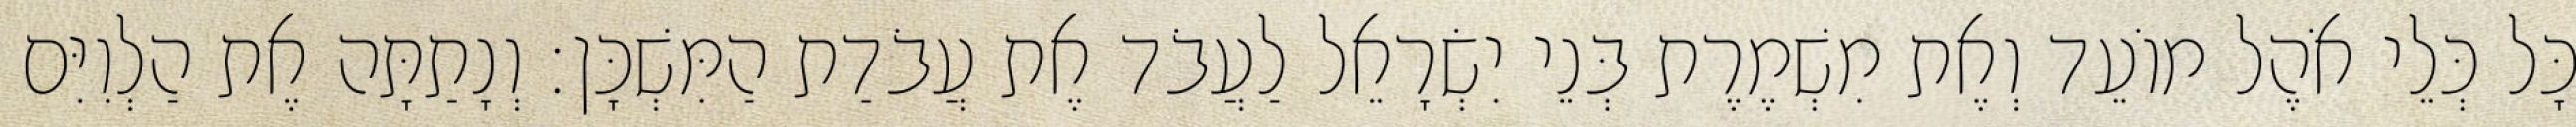
כָּל כְּלֵי אֹהֶל מוֹעֵד וְאֶת מִשְׁמֶרֶת בְּנֵי יִשְׂרָאֵל לַעֲבֹד אֶת עֲבֹדַת הַמִּשְׁכָּן׃ וְנָתַתָּה אֶת הַלְוִיִּם